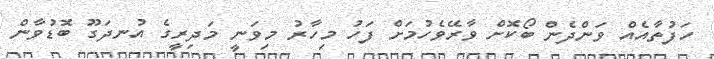
ހަފުތާއެއް ވަންދެން ބޯކޮށް ވާރޭވެހުމަށް ފަހު މިހާރު މިވަނީ މަދިރީގެ އުނދަގޫ ބޮޑުވާން